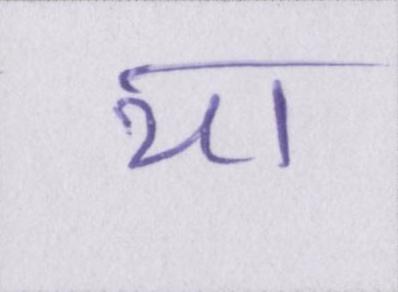
या